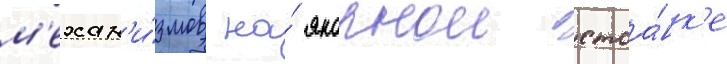
м'ехан'и́змов на́ якорнои стоа́нк'е